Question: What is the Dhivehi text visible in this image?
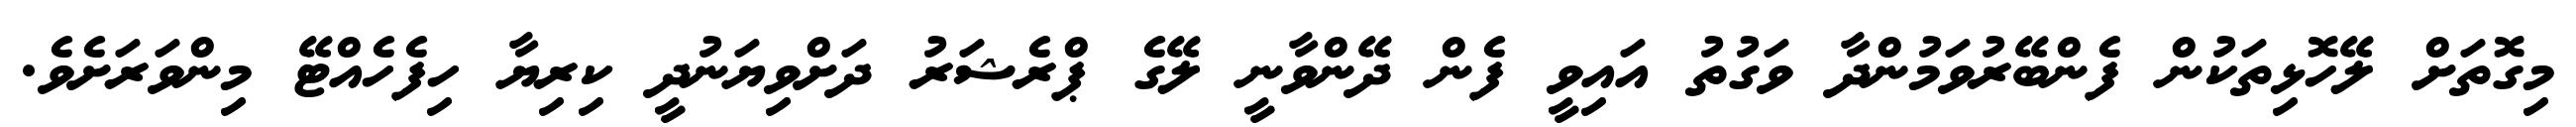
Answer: މިގޮތަށް ލޭހޮޅިތަކުން ފެންބޭރުވަމުންދާ ވަގުތު އައިވީ ފެން ދޭންވާނީ ލޭގެ ޕްރެޝަރު ދަށްވިޔަނުދީ ކިރިޔާ ހިފެހެއްޓޭ މިންވަރަށެވެ.